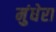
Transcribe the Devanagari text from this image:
मुंधेरा